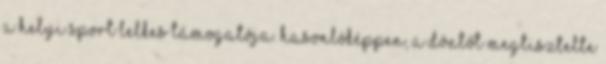
a helyi sport lelkes támogatója. Hasonlóképpen, a döntőt megtisztelte